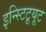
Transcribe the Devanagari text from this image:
इन्स्टिटूयूट